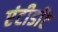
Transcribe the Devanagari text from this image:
एंटीडाॅट